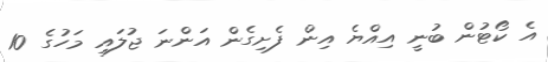
އެ ކޯޓުން ބުނީ އިއްޔެ އިން ފެށިގެން އަންނަ ޖުލައި މަހުގެ 10